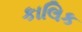
કાલિક